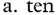
a. ten